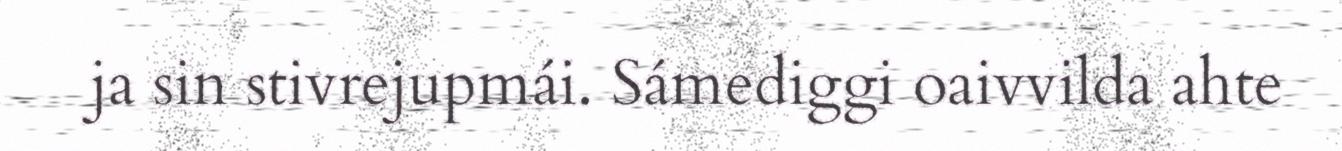
ja sin stivrejupmái. Sámediggi oaivvilda ahte